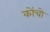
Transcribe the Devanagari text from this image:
कोंचो